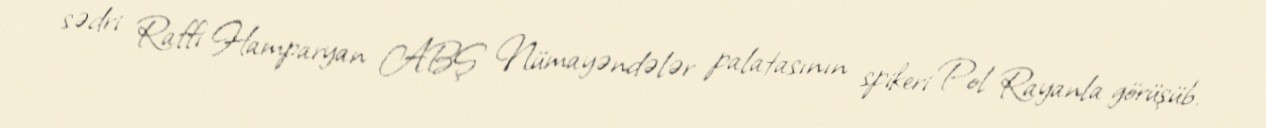
sədri Raffi Hamparyan ABŞ Nümayəndələr palatasının spikeri Pol Rayanla görüşüb.